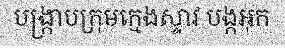
បង្ក្រាបក្រុមក្មេងស្ទាវ បង្កអុក